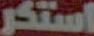
استكر